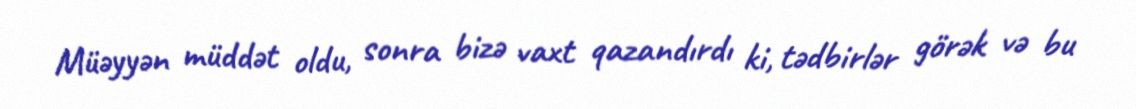
Müəyyən müddət oldu, sonra bizə vaxt qazandırdı ki, tədbirlər görək və bu